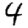
Digit: 4